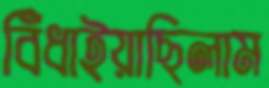
বিঁধাইয়াছিলাম